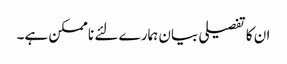
ان کا تفصیلی بیان ہمارے لئے نا ممکن ہے۔